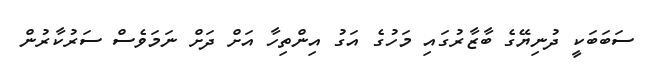
ސަބަބަކީ ދުނިޔޭގެ ބާޒާރުގައި މަހުގެ އަގު އިންތިހާ އަށް ދަށް ނަމަވެސް ސަރުކާރުން